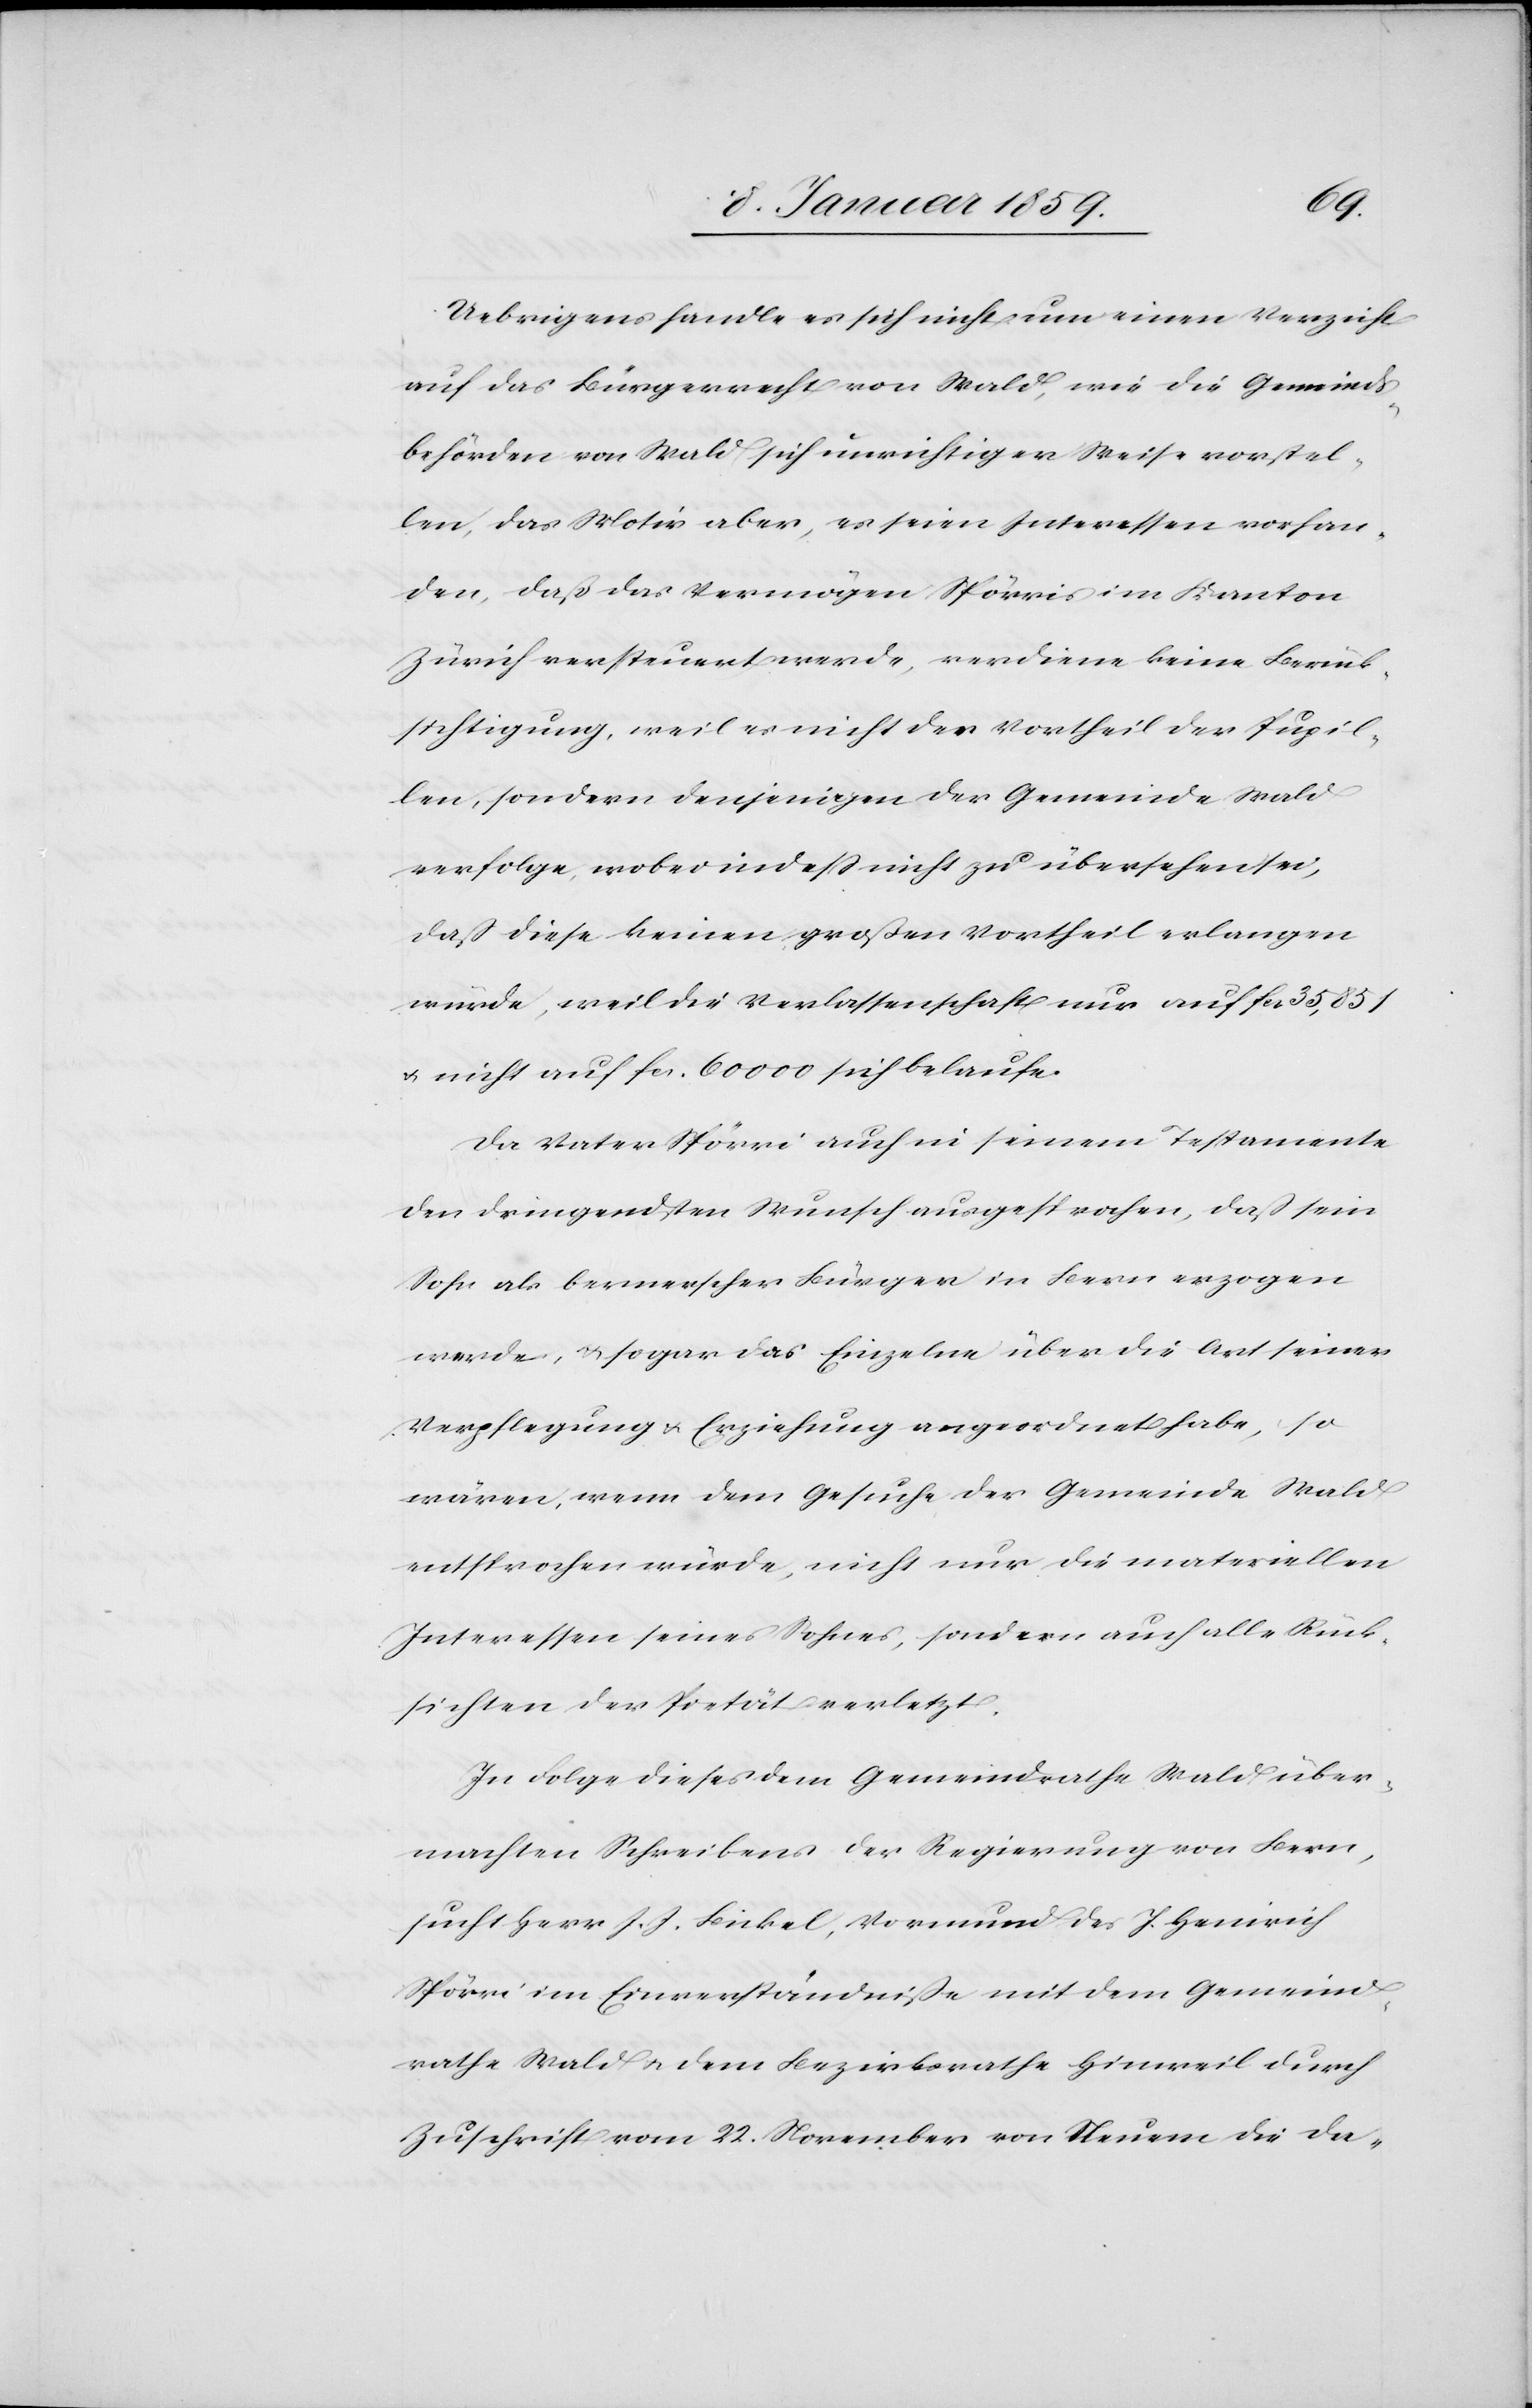
Uebrigens handle es sich nicht um einen Verzicht
auf das Bürgerrecht von Wald, wie die Gemeinds¬
behörden von Wald sich unrichtiger Weise vorstel¬
len, das Motiv aber, es seien Interessen vorhan¬
den, daß das Vermögen Spörri im Kanton
Zürich versteuert werde, verdiene keine Berück¬
sichtigung, weil es nicht der Vortheil der Pupil¬
len, sondern denjenigen der Gemeinde Wald
verfolge, wobei indeß nicht zu übersehen sei,
daß diese keinen großen Vortheil erlangen
würde, weil die Verlassenschaft nur auf fcs 35,851
u. nicht auf fcs. 60000 sich belaufe.
Da Vater Spörri auch in seinem Testamente
den dringendsten Wunsch ausgesprochen, daß sein
Sohn als bernerscher Bürger in Bern erzogen
werde, u. sogar das Einzelne über die Art seiner
Verpflegung u. Erziehung angeordnet habe, so
wären, wenn dem Gesuche der Gemeinde Wald
entsprochen würde, nicht nur die materiellen
Interessen seines Sohnes, sondern auch alle Rück¬
sichten der Pietät verletzt.
In Folge dieses dem Gemeindrathe Wald über¬
machten Schreibens der Regierung von Bern,
sucht Herr J. J. Bickel, Vormund des J. Heinrich
Spörri im Einverständniße mit dem Gemeind¬
rathe Wald u. dem Bezirksrathe Hinweil durch
Zuschrift vom 22. November von Neuem die Da-